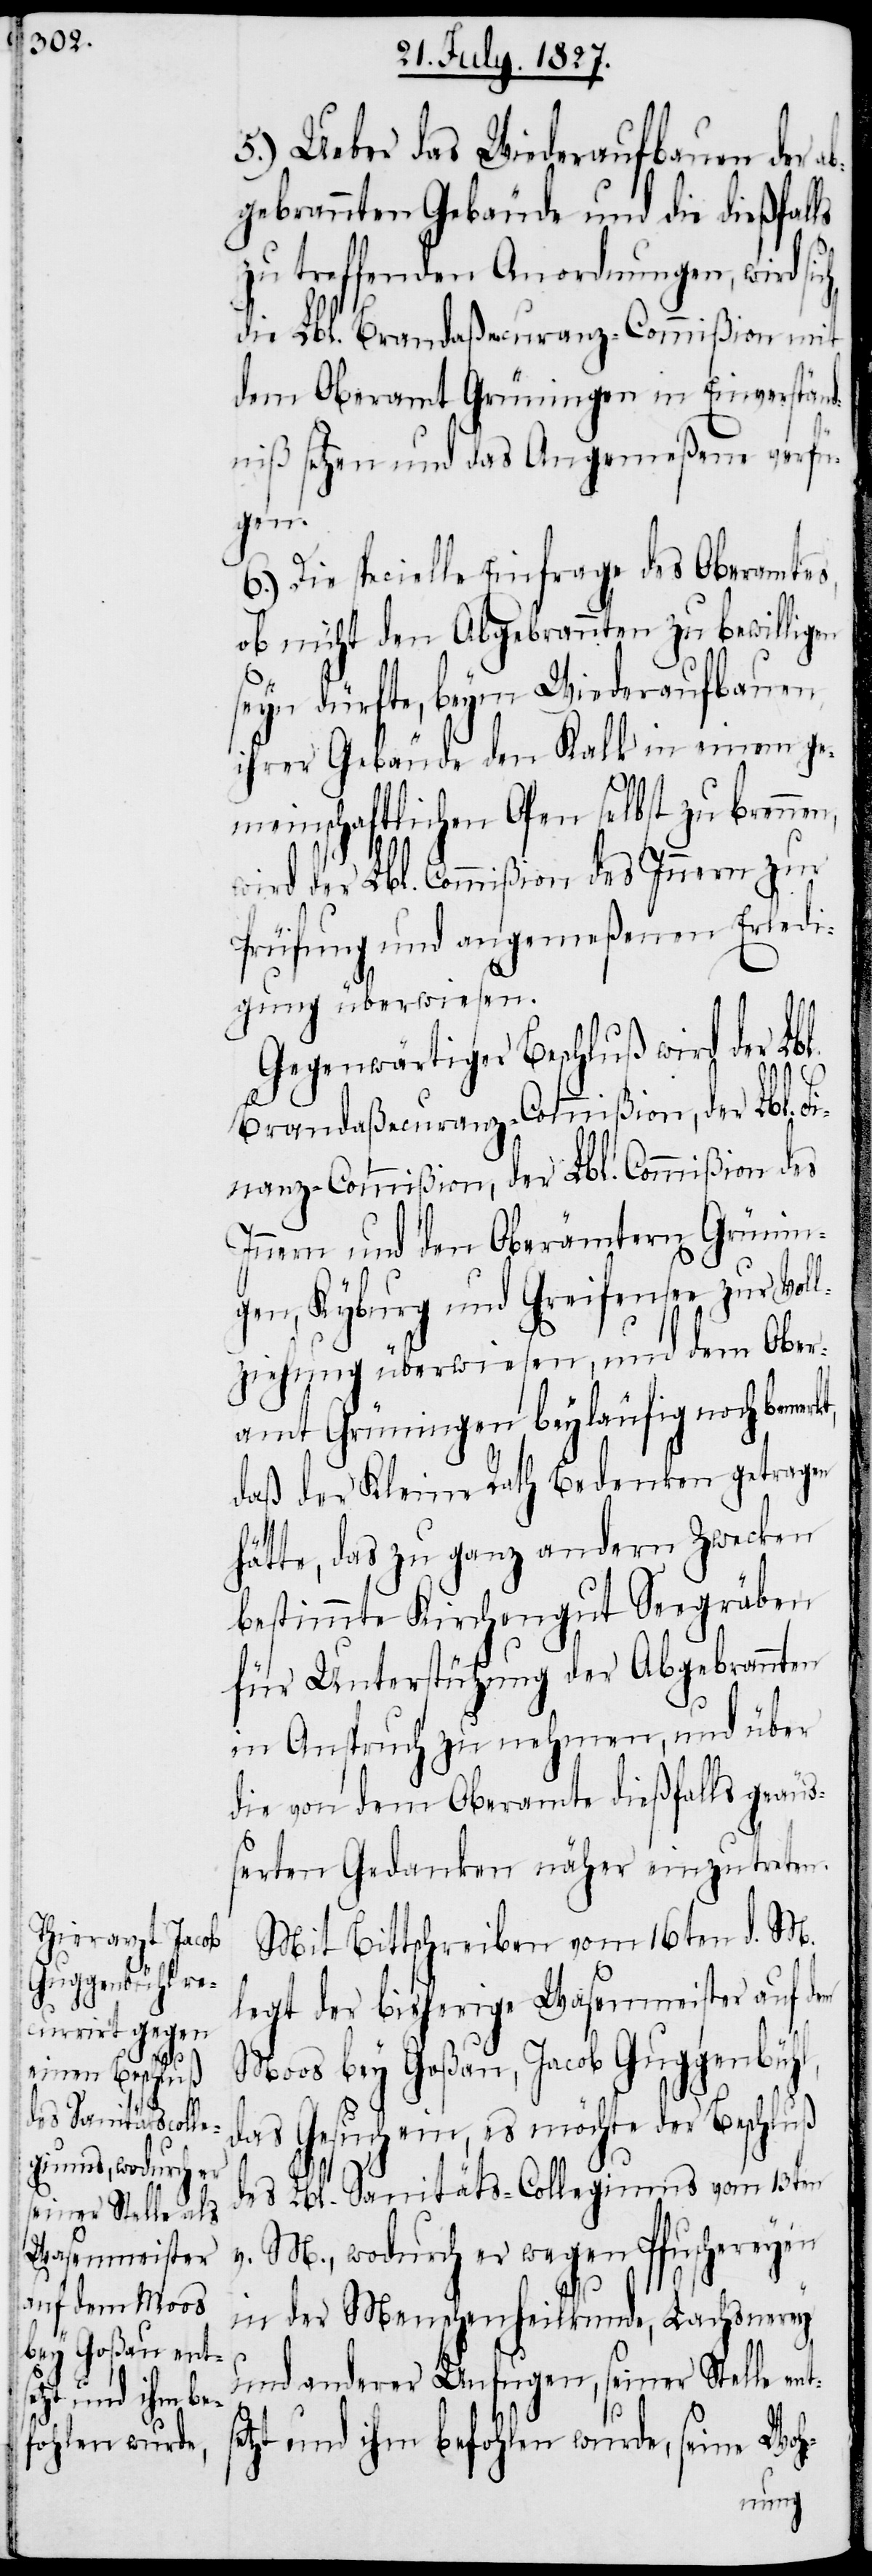
se¬

5.) Ueber das Wiederaufbauen der a¬
bgebrannten Gebäude und die dießfalls
zu treffenden Anordnungen, wird sic¬
die Lbl. Brandaßecuranz-Commißion mit
dem Oberamt Grüningen in Einverständ¬
niß setzen und das Angemeßene verfü¬
gen.
6.) Die specielle Einfrage des Oberamtes,
ob nicht den Abgebrannten zu bewilligen
seyn dürfte, beym Wiederaufbauen
ihrer Gebäude den Kalk in einem ge¬
meinschaftlichen Ofen selbst zu brennen,
wird der Lbl. Commißion des Innern zur
Prüfung und angemeßenen Erledi¬
gung überwiesen.
Gegenwärtiger Beschluß wird der Lbl.
Brandaßecuranz-Commißion, der Lbl. Fi¬
nanz-Commißion, der Lbl. Commißion des
Innern und den Oberämtern Grünin¬
gen, Kyburg und Greifensee zur Voll¬
ziehung überwiesen, und dem Ober¬
amt Grüningen beyläufig noch bemerk¬
daß der Kleine Rath Bedenken getragen
hätte, das zu ganz andern Zwecken
bestimmten Kirchengut Seegräben
für Unterstützung der Abgebrannten
in Anspruch zu nehmen, und über
die von dem Oberamte dießfalls geäuß¬
erten Gedanken näher einzutreten.
Mit Bittschreiben vom 16ten d. M.
legt der bisherige Wasenmeister auf dem
Moos bey Goßau, Jacob Guggenbühl,
das Gesuch ein, es möchte der Beschluß
des Lbl. Sanitäts-Collegiums vom 13ten
v. M., wodurch er wegen Pfuschereyen
in der Menschenheilkunde, Lachsnerey
und anderer Unfugen, seiner Stelle ent¬
tzt und ihm befohlen wurde, seine Woh-